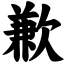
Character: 歉